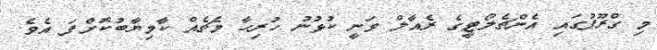
މި ގްރޫޕުގައި އެންޗެލޯޓީގެ ރެއާލް ވަނީ ކުޅުނު ހުރިހާ މެޗެއް ކާމިޔާބުކޮށްފަ އެވެ.